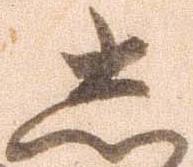
し